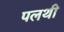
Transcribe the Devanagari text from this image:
पलथी